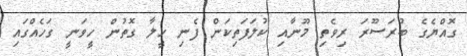
ގޮއްޔެގެ ބުރަސޫރަ ރިވެތި މޫނާއި ކުލަފަތިކަން ފެނި ހީލާ ގޮތުން ހީވަނީ ގަހެއްގައި